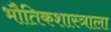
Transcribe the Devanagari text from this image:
भौतिकशास्त्राला